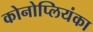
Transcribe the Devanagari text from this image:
कोनोप्लियंका